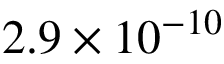
2 . 9 \times 1 0 ^ { - 1 0 }